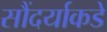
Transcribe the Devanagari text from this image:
सौंदर्याकडे